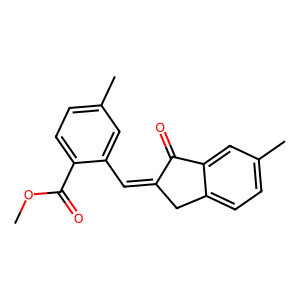
SMILES: COC(=O)c1ccc(C)cc1C=C1Cc2ccc(C)cc2C1=O
Inhibits HIV replication: No